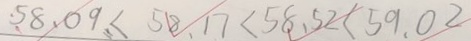
5 8 . 0 9 < 5 8 . 1 7 < 5 8 . 5 2 < 5 9 . 0 2